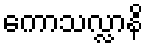
ကောသလ္လာနိ